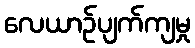
လေယာဉ်ပျက်ကျမှု